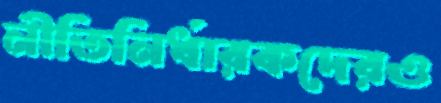
নীতিনির্ধারকদেরও